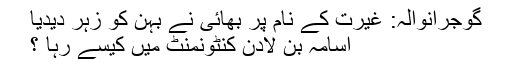
گوجرانوالہ: غیرت کے نام پر بھائی نے بہن کو زہر دیدیا
اسامہ بن لادن کنٹونمنٹ میں کیسے رہا ؟